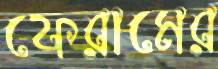
ফেরামের